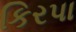
કિરપા